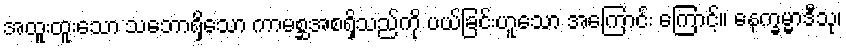
အထူးထူးသော သဘောရှိသော ကာမစ္ဆအစရှိသည်ကို ပယ်ခြင်းဟူသော အကြောင်း ကြောင့်။ နေက္ခမ္မာဒီသု၊